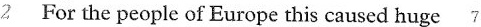
2 For the people of Europe this caused huge 7